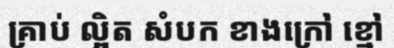
គ្រាប់ ល្អិត សំបក ខាងក្រៅ ខ្មៅ